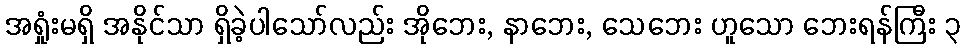
အရှုံးမရှိ အနိုင်သာ ရှိခဲ့ပါသော်လည်း အိုဘေး, နာဘေး, သေဘေး ဟူသော ဘေးရန်ကြီး ၃